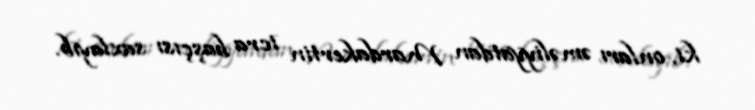
ki, onları əməliyyatdan Mardakertin icra başçısı saxlayıb.